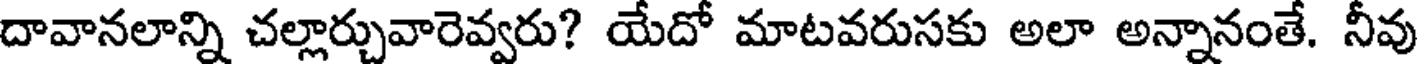
దావానలాన్ని చల్లార్చువారెవ్వరు? యేదో మాటవరుసకు అలా అన్నానంతే. నీవు